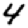
Digit: 4